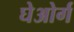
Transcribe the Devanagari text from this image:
घेओर्ग